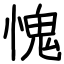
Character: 愧